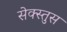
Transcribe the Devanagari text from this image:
सेक्स्तुस